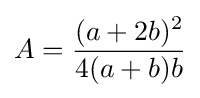
A={\frac {(a+2b)^{2}}{4(a+b)b}}